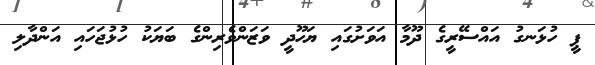
ޕީ ހުޅަނގު އައްސޭރީގެ ދޫމާ އަވަށުގައި ޔަހޫދީ ވަޒަންވެރިންގެ ބަޔަކު ހުޅުޖަހައި އަންދާލި